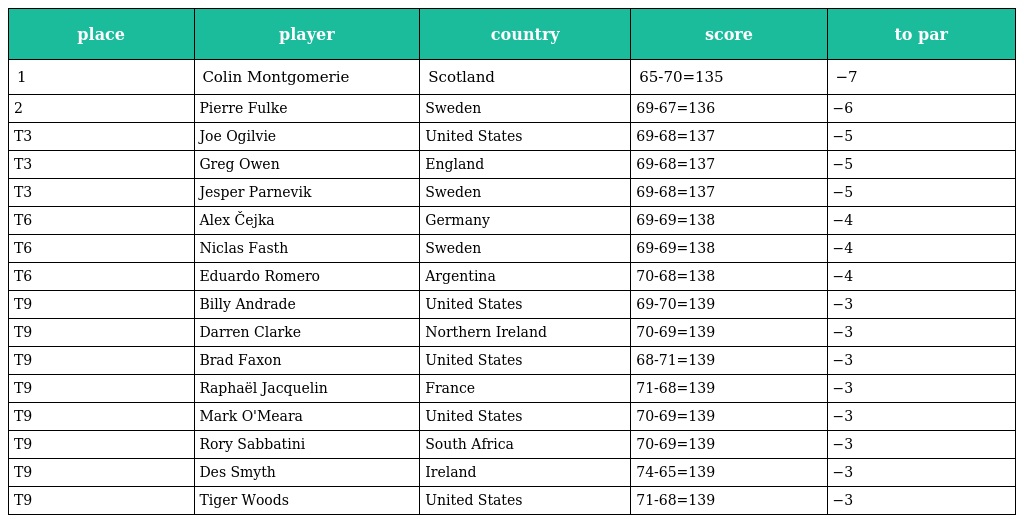
| place | player | country | score | to par |
 | --- | --- | --- | --- | --- |
 | 1 | Colin Montgomerie | Scotland | 65-70=135 | −7 |
 | 2 | Pierre Fulke | Sweden | 69-67=136 | −6 |
 | T3 | Joe Ogilvie | United States | 69-68=137 | −5 |
 | T3 | Greg Owen | England | 69-68=137 | −5 |
 | T3 | Jesper Parnevik | Sweden | 69-68=137 | −5 |
 | T6 | Alex Čejka | Germany | 69-69=138 | −4 |
 | T6 | Niclas Fasth | Sweden | 69-69=138 | −4 |
 | T6 | Eduardo Romero | Argentina | 70-68=138 | −4 |
 | T9 | Billy Andrade | United States | 69-70=139 | −3 |
 | T9 | Darren Clarke | Northern Ireland | 70-69=139 | −3 |
 | T9 | Brad Faxon | United States | 68-71=139 | −3 |
 | T9 | Raphaël Jacquelin | France | 71-68=139 | −3 |
 | T9 | Mark O'Meara | United States | 70-69=139 | −3 |
 | T9 | Rory Sabbatini | South Africa | 70-69=139 | −3 |
 | T9 | Des Smyth | Ireland | 74-65=139 | −3 |
 | T9 | Tiger Woods | United States | 71-68=139 | −3 |